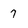
Character: 7